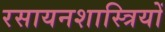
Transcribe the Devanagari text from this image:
रसायनशास्त्रियों